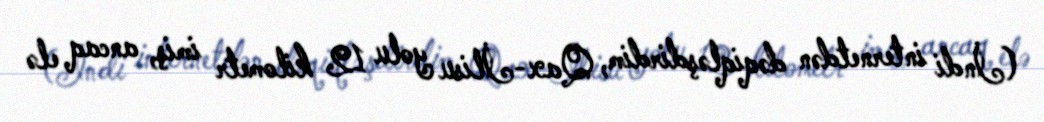
(İndi internetdən dəqiqləşdirdim, Qax-İlisu yolu 12 kilometr imiş, ancaq elə